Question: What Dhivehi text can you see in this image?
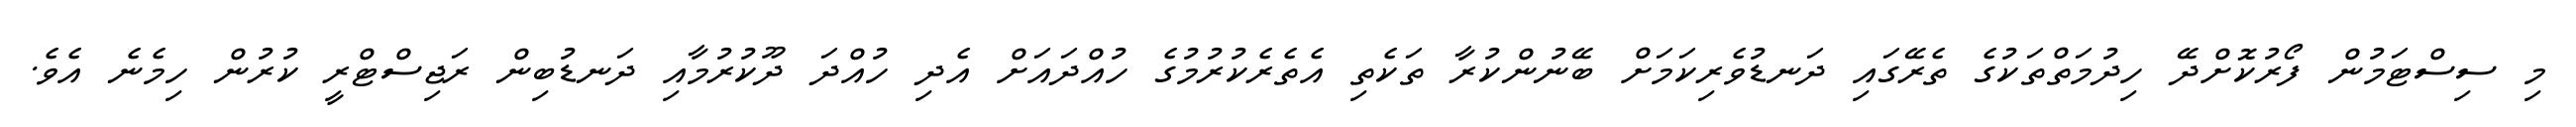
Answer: މި ސިސްޓަމުން ފޯރުކޮށްދޭ ހިދުމަތްތަކުގެ ތެރޭގައި ދަނޑުވެރިކަމަށް ބޭނުންކުރާ ތަކެތި އެތެރެކުރުމުގެ ހުއްދައަށް އެދި ހުއްދަ ދޫކުރުމާއި ދަނޑުބިން ރަޖިސްޓްރީ ކުރުން ހިމެނެ އެވެ.